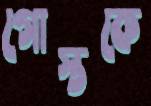
গোস্তকে